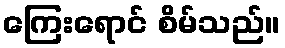
ကြေးရောင် စိမ်သည်။